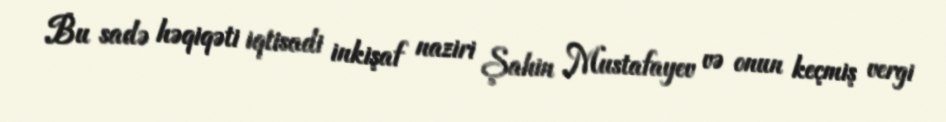
Bu sadə həqiqəti iqtisadi inkişaf naziri Şahin Mustafayev və onun keçmiş vergi